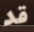
قد